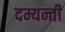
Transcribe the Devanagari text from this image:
दम्यन्ती